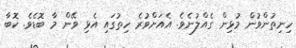
ހިނިތުންވުން މުޅިން ގެއްލުނެވެ. އެއަށްވުރެ ހިތުގައި އެޅި ވޭން މާ ބޮޑެވެ. ކޮބާ